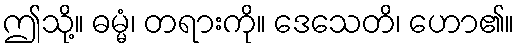
ဤသို့။ ဓမ္မံ၊ တရားကို။ ဒေသေတိ၊ ဟော၏။